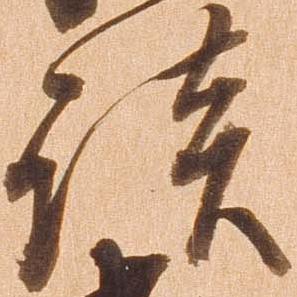
談